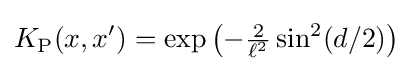
K_{\operatorname {P} }(x,x')=\exp \left(-{\tfrac {2}{\ell ^{2}}}\sin ^{2}(d/2)\right)